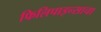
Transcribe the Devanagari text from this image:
फिलिपाइन्साचा